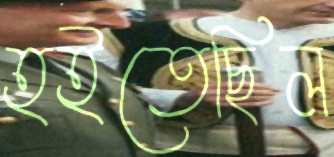
হইতেছিল